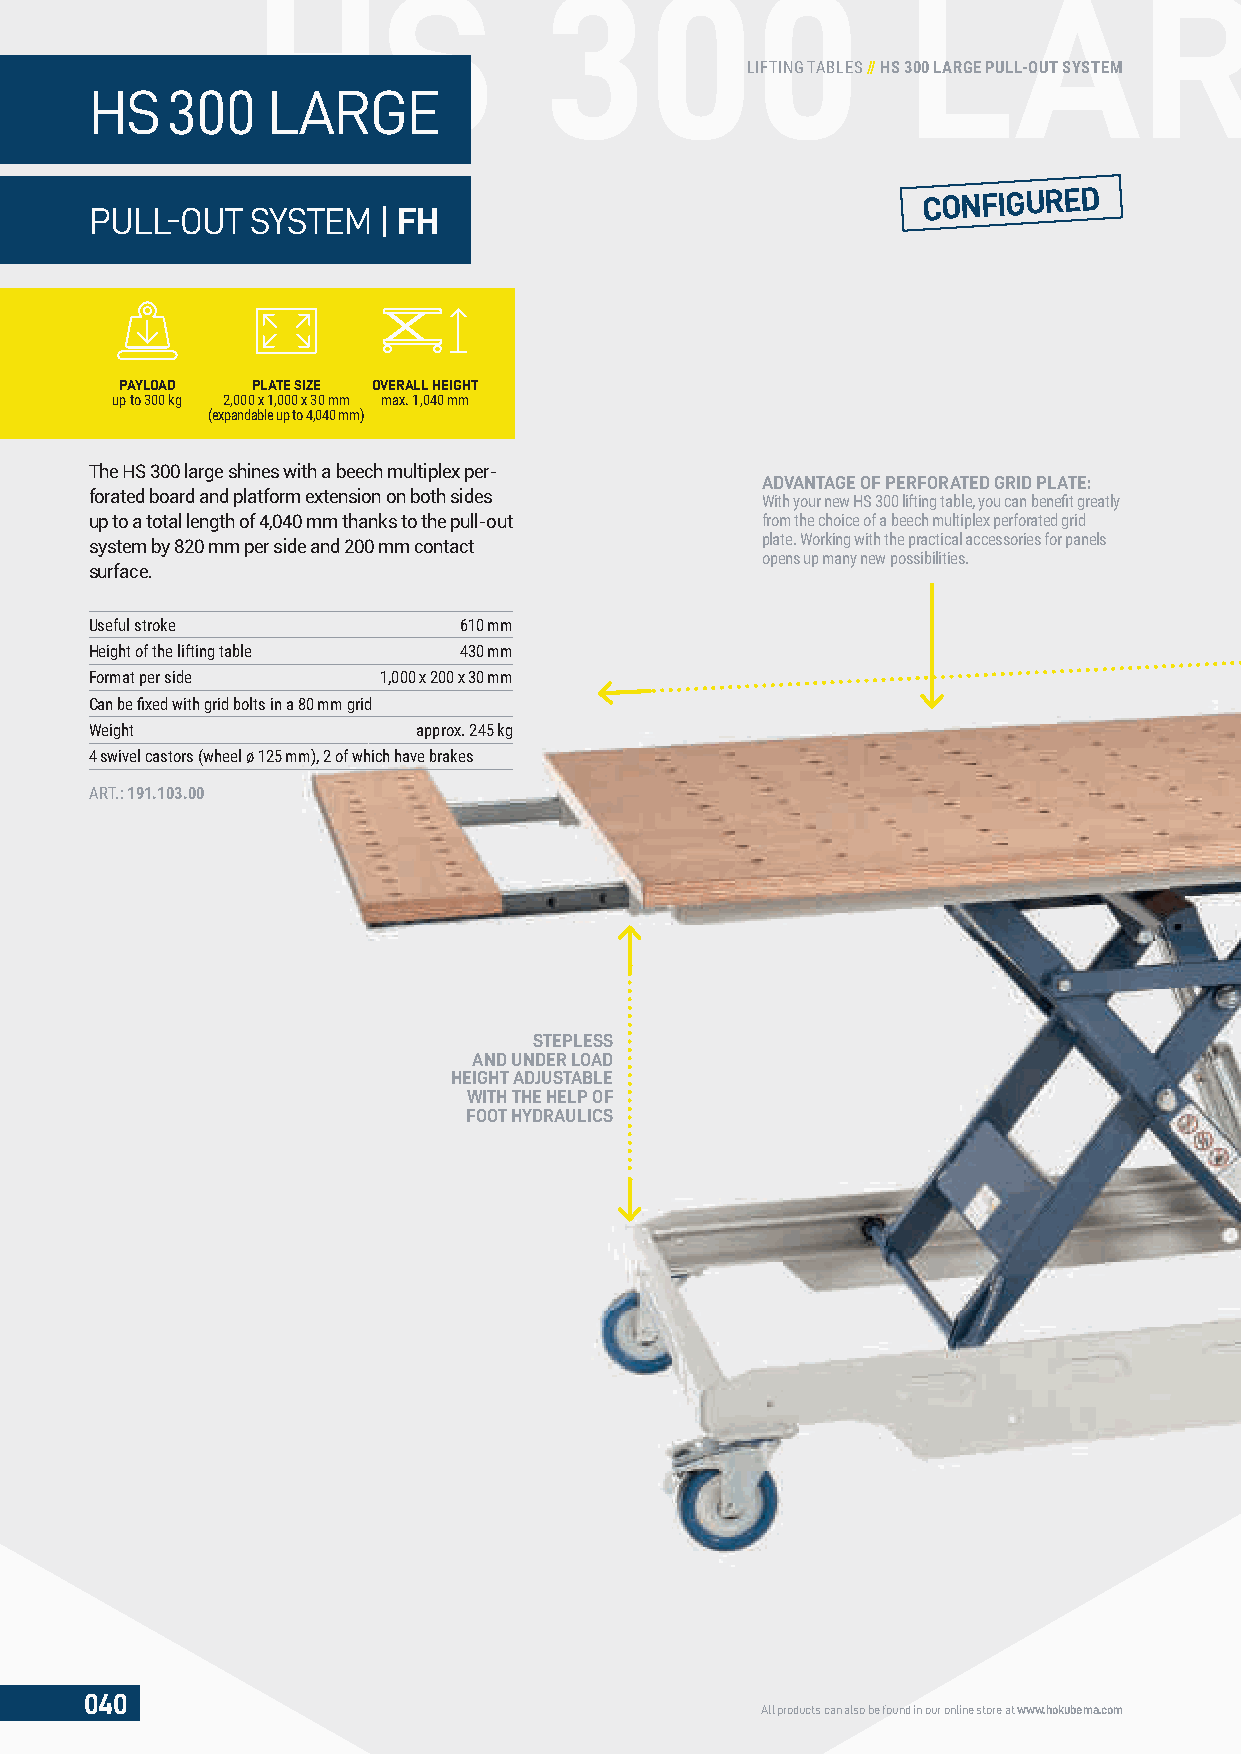
HS                 300                     LARG
 LIFTING TABLES // HS 300 LARGE PULL-OUT SYSTEM
 HS   300    LARGE
 CONFIGURED
 PULL-OUT   SYSTEM  | FH
 PAYLOAD  PLATE SIZE OVERALL HEIGHT
 up to 300 kg 2,000 x 1,000 x 30 mm max. 1,040 mm
 (expandable up to 4,040 mm)
 The HS 300 large shines with a beech multiplex per-
 ADVANTAGE OF PERFORATED GRID PLATE:
 forated board and platform extension on both sides
 With your new HS 300 lifting table, you can benefi t greatly
 up to a total length of 4,040 mm thanks to the pull-out from the choice of a beech multiplex perforated grid
 system by 820 mm per side and 200 mm contact plate. Working with the practical accessories for panels
 opens up many new possibilities.
 surface.
 Useful stroke           610 mm
 Height of the lifting table 430 mm
 Format per side    1,000 x 200 x 30 mm
 Can be fi xed with grid bolts in a 80 mm grid
 Weight                approx. 245 kg
 4 swivel castors (wheel ø 125 mm), 2 of which have brakes
 ART.: 191.103.00
 STEPLESS
 AND UNDER LOAD
 HEIGHT ADJUSTABLE
 WITH THE HELP OF
 FOOT HYDRAULICS
 040
 All products can also be found in our online store at www.hokubema.com